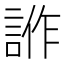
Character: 𧧻